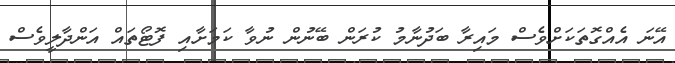
އޭނަ އެއްގޮތަކަށްވެސް މައިރާ ބަދުނާމު ކުރަން ބޭނުން ނުވާ ކަމަށާއި ފޮޓޯތައް އަންދާލީވެސް